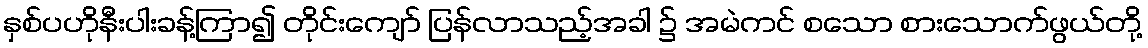
နှစ်ပဟိုနီးပါးခန့်ကြာ၍ တိုင်းကျော် ပြန်လာသည့်အခါ ၌ အမဲကင် စသော စားသောက်ဖွယ်တို့